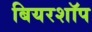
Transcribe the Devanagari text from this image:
बियरशॉप